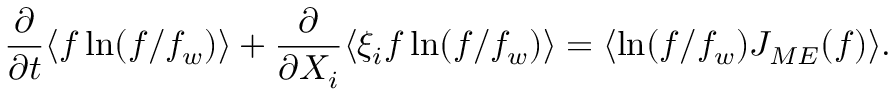
\frac { \partial } { \partial t } \langle f \ln ( f / f _ { w } ) \rangle + \frac { \partial } { \partial X _ { i } } \langle \xi _ { i } f \ln ( f / f _ { w } ) \rangle = \langle \ln ( f / f _ { w } ) J _ { M E } ( f ) \rangle .